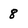
Character: 8